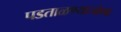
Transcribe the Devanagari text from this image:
पडताळण्याजोगा